Lunatic asylums Central Provinces reports 1910-1926 - 1910-1926
Year: 1910
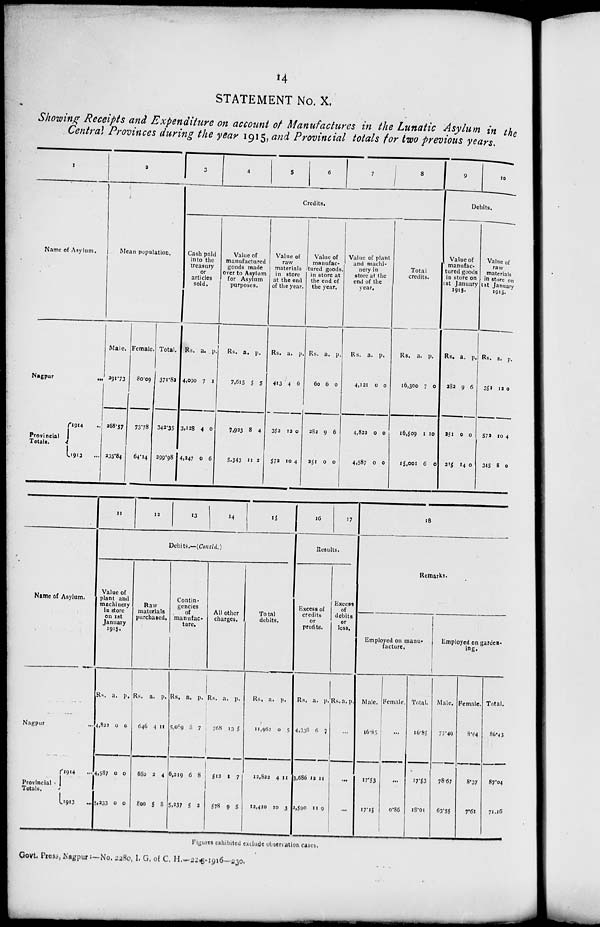
14
STATEMENT No. X.
Showing Receipts and Expenditure on account of Manufactures in the Lunatic Asylum in the
Central Provinces during the year 1915, and Provincial totals for two previous years.
1
Name of Asylum.
Nagpur ...
Provincial
Totals.
1914 ...
1913 ...
2
Mean population.
Male.
291.73
268.57
235.84
Female.
80.09
73.78
64.14
Total.
371.82
342.35
299.98
3
4
5
6
7
8
Credits.
Cash paid
into the
treasury
or
articles
sold.
Rs.
4,090
3,128
4,247
a.
7
4
0
p.
1
0
6
Value of
manufactured
goods made
over to Asylum
for Asylum
purposes.
Rs.
7,615
7,923
5,343
a.
5
8
11
p.
5
4
2
Value of
raw
materials
in store
at the end
of the year.
Rs.
413
352
572
a.
4
12
10
p.
6
0
4
Value of
manufac-
tured goods,
in store at
the end of
the year.
Rs.
60
282
251
a.
6
9
0
p.
0
6
0
Value of plant
and machi-
nery in
store at the
end of the
year.
Rs.
4,121
4,822
4,587
a.
0
0
0
p.
0
0
0
Total
credits.
Rs.
16,300
16,509
15,001
a.
7
1
6
p.
0
10
0
9
10
Debits.
Value of
manufac-
tured goods
in store on
1st January
1915.
Rs.
282
251
215
a.
9
0
14
p.
6
0
0
Value of
raw
materials
in store on
1st January
1915.
Rs.
352
572
345
a.
12
10
8
p.
0
4
0
Name of Asylum.
Nagpur ...
Provincial
Totals.
1914 ...
1913 ...
11
12
13
14
15
Debits.—(Concld.)
Value of
plant and
machinery
In store
on 1st
January
1915.
Rs.
4,822
4,587
5,233
a.
0
0
0
p.
0
0
0
Raw
materials
purchased.
Rs.
646
680
800
a.
4
2
5
p.
11
4
8
Contin-
gencies
of
manufac-
ture.
Rs.
5,089
6,219
5,237
a.
8
6
5
p.
7
8
2
All other
charges.
Rs.
768
513
578
a.
13
1
9
p.
5
7
5
Total
debits.
Rs.
11,962
12,822
12,410
a.
0
4
10
p.
5
11
3
16
17
Results.
Excess of
credits
or
profits.
Rs.
4,338
3,686
2,590
a.
6
12
11
p.
7
11
9
Excess
of
debits
or
loss.
Rs. a. p.
...
...
...
18
Remarks.
Employed on manu-
facture.
Male.
16.85
17.53
17.15
Female.
...
...
0.86
Total.
16.85
17.53
18.01
Employed on garden-
ing.
Male.
77.49
78.67
63.55
Female.
8.04
8.37
7.61
Total.
86.43
87.04
71.16
Figures exhibited exclude observation cases.
Govt, Press, Nagpur:—No. 2280, I, G, of C. H.—22—8—1916—230.